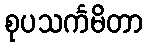
စုပသင်္ကမိတာ